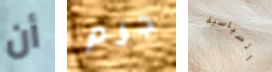
أن جرم السياسية